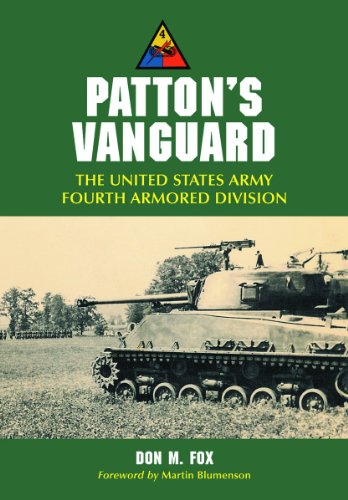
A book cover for Patton's Vanguard: The United States Army Fourth Armored Division; Don M. Fox; History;